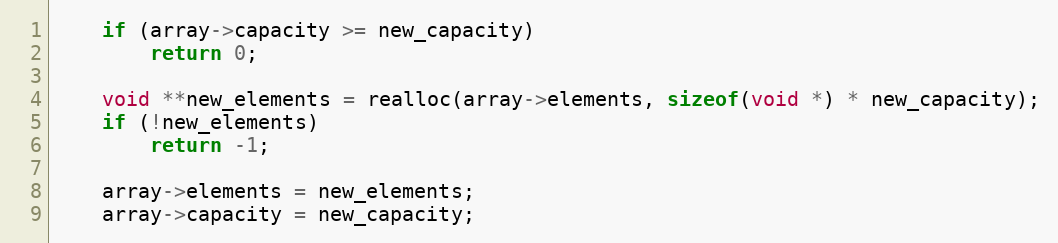
Language: C
    if (array->capacity >= new_capacity)
        return 0;

    void **new_elements = realloc(array->elements, sizeof(void *) * new_capacity);
    if (!new_elements)
        return -1;

    array->elements = new_elements;
    array->capacity = new_capacity;